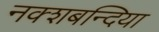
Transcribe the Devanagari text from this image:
नक्शबन्दिया